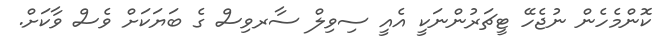
ކޮންމެހެން ނުޖެހޭ ޓީޗަރުންނަކީ އެއީ ސިވިލް ސާރވިސް ގެ ބަޔަކަށް ވެސް ވާކަށް.